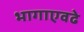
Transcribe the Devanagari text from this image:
भागाएवढे